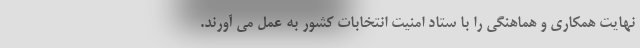
نهایت همکاری و هماهنگی را با ستاد امنیت انتخابات کشور به عمل می آورند.